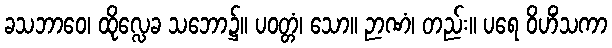
ခသဘာဝေ၊ ထိုလ္လေခ သဘော၌။ ပဝတ္တံ၊ သော။ ဉာဏံ၊ တည်း။ ပရေ ဝိဟိံသကာ